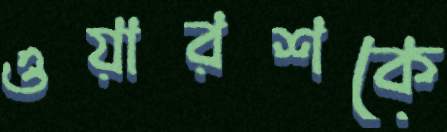
ওয়ারশকে